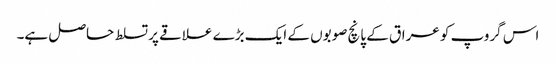
اس گروپ کو عراق کے پانچ صوبوں کے ایک بڑے علاقے پر تسلط حاصل ہے۔